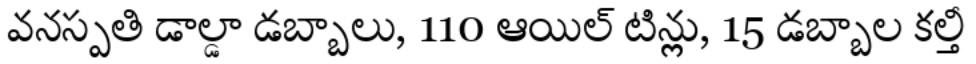
వనస్పతి డాల్డా డబ్బాలు, 110 ఆయిల్ టిన్లు, 15 డబ్బాల కల్తీ